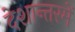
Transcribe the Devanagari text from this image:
देशान्तरमें